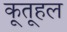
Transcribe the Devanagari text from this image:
कूतूहल